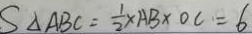
S _ { \Delta A B C } = \frac { 1 } { 2 } \times A B \times O C = 6